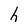
Character: h